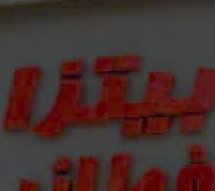
بيس